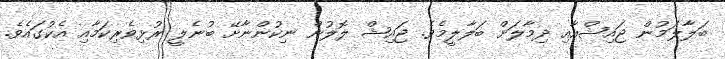
ބަލާލަމުން ޖައިޝްއާއި ދިމާލަށް ބަލާލީމެވެ. ޖައިޝް ލޮލުން ނިކުންނާށޭ ބުނެލީ ރުޅިވެރިކަމާއި އެކުގައެވެ.